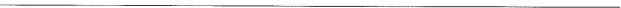
___